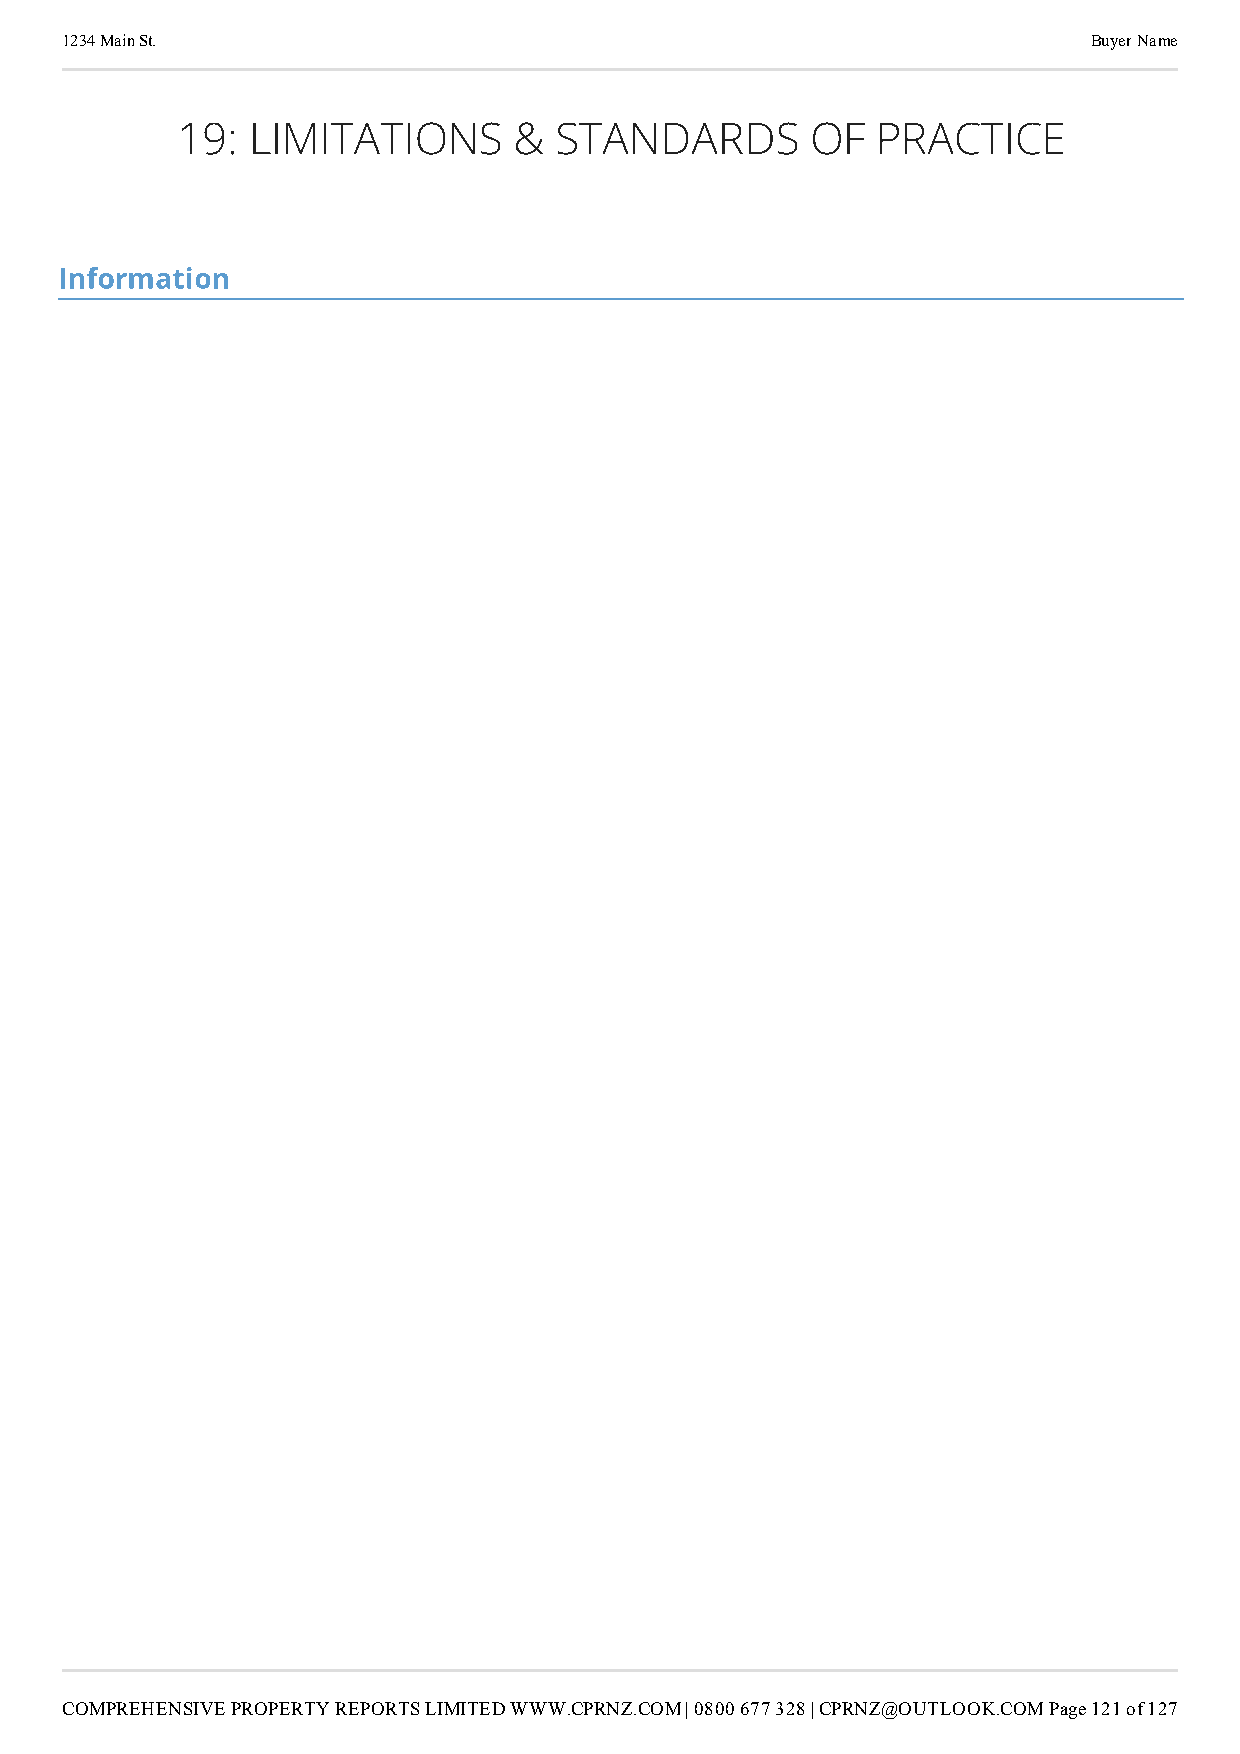
1234 Main St.                                                       Buyer Name
 19: LIMITATIONS       &  STANDARDS        OF  PRACTICE
 section-MGFjNjkwNjMtZGZlYS00YjgxLThhYTYtZTg2ZTNkZTdiMzhi
 Information
 COMPREHENSIVE PROPERTY REPORTS LIMITED WWW.CPRNZ.COM | 0800 677 328 | CPRNZ@OUTLOOK.COMPage 121 of 127